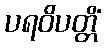
ပရဝိပတ္တိံ